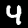
Digit: 4